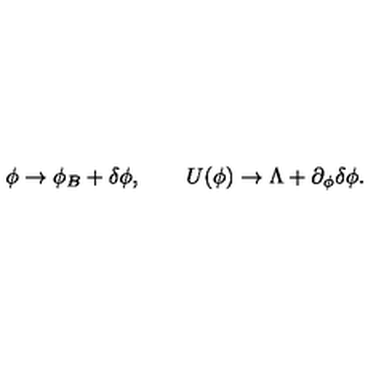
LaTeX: \phi \to \phi _ { B } + \delta \phi , \qquad U ( \phi ) \to \Lambda + \partial _ { \phi } \delta \phi .